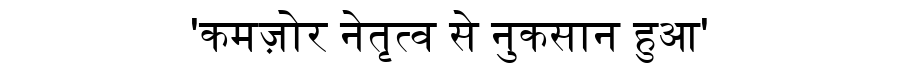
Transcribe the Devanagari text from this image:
'कमज़ोर नेतृत्व से नुकसान हुआ'